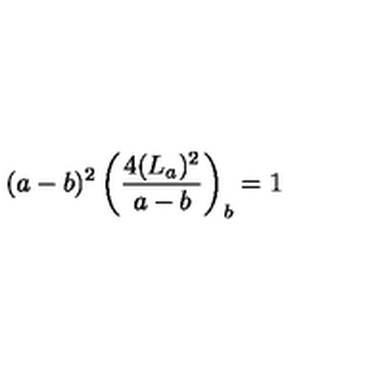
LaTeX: ( a - b ) ^ { 2 } \left( \frac { 4 ( L _ { a } ) ^ { 2 } } { a - b } \right) _ { b } = 1